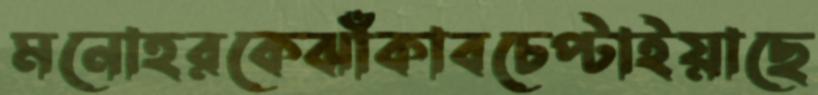
মনোহরকেঝাঁকাবচেপ্‌টাইয়াছে